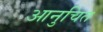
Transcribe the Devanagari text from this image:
आनुचित